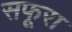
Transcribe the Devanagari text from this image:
सफूरा